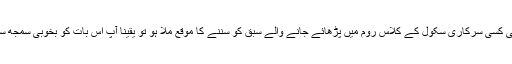
اگر آپ کو کبھی کسی سرکاری سکول کے کلاس روم میں پڑھائے جانے والے سبق کو سننے کا موقع ملا ہو تو یقینا آپ اس بات کو بخوبی سمجھ سکتے ہوں گے۔